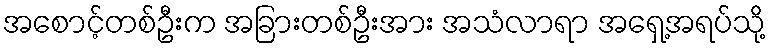
အစောင့်တစ်ဦးက အခြားတစ်ဦးအား အသံလာရာ အရှေ့အရပ်သို့